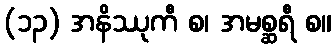
(၁၃) အနိဿုကီ စ၊ အမစ္ဆရီ စ။